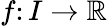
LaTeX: f\colon I\to\mathbb{R}